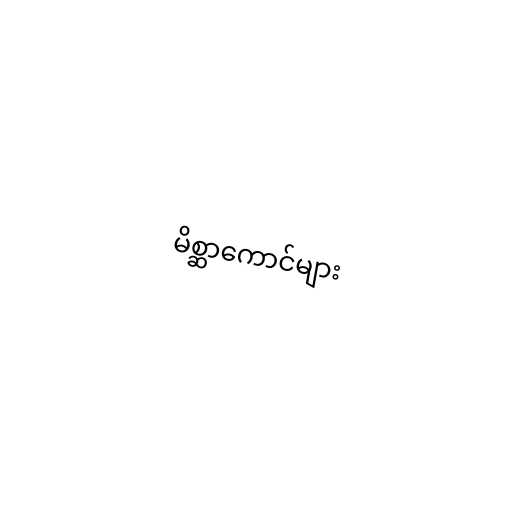
မိစ္ဆာကောင်များ